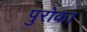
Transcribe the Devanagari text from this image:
पुरोका